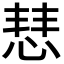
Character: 𢜎